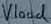
Text: Vload